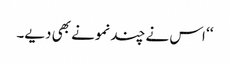
‘‘ اس نے چند نمونے بھی دیے۔